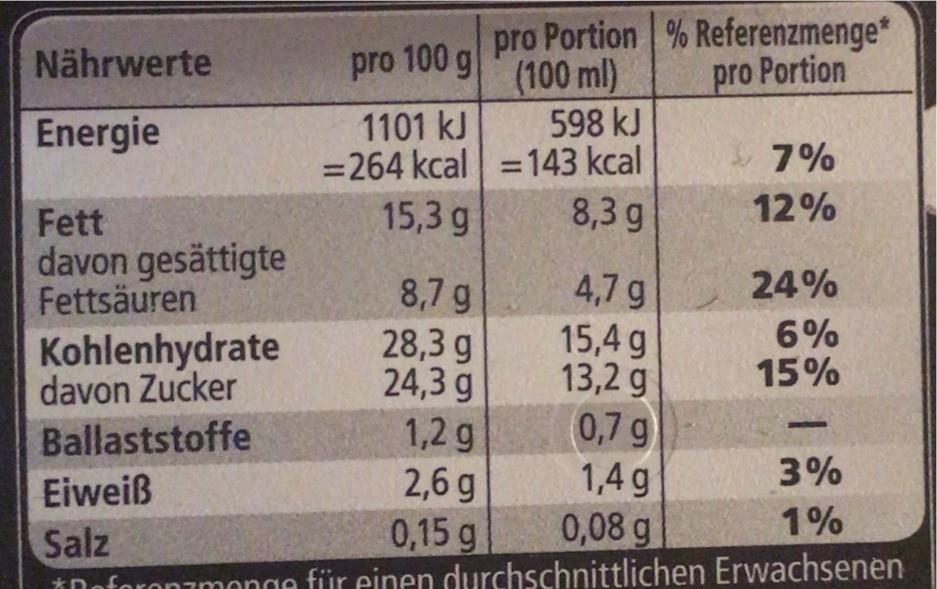
pro Portion % Referenzmenge* (100 ml) 598 kJ
Nährwerte
pro 100 g
pro Portion
1101 kJ =264 kcal =143 kcal 15,3 g
Energie
7%
8,3 g
12%
Fett davon gesättigte Fettsäuren
24%
8,7 g 28,3 g 24,3 g 1,2 g
4,7 g 15,4 g 13,2 g 0,7 g
Kohlenhydrate davon Zucker
6% 15%
Ballaststoffe
1,4 g
3%
2,6 g 0,15 g
Eiweiß
0,08 g
1%
Salz iDoforonimonge für einen durchschnittlichen Erwachsenen